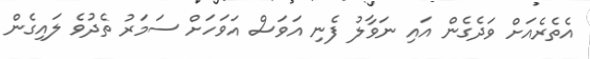
އެތެރެއަށް ވަދެގެން އައި ނަވާލު ފެނި އަވަސް އަވަހަށް ސަމަރު ތެދުވެ ލައިގެން